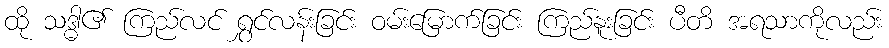
ထို သဒ္ဓါ၏ ကြည်လင် ရွှင်လန်းခြင်း ဝမ်းမြောက်ခြင်း ကြည်နူးခြင်း ပီတိ အရသာကိုလည်း